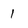
Character: 1